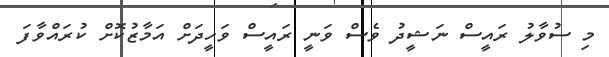
މި ސުވާލު ރައީސް ނަޝީދު ވެސް ވަނީ ރައީސް ވަހީދަށް އަމާޒުކޮށް ކުރައްވާފަ